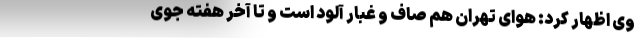
وی اظهار کرد: هوای تهران هم صاف و غبار آلود است و تا آخر هفته جوی